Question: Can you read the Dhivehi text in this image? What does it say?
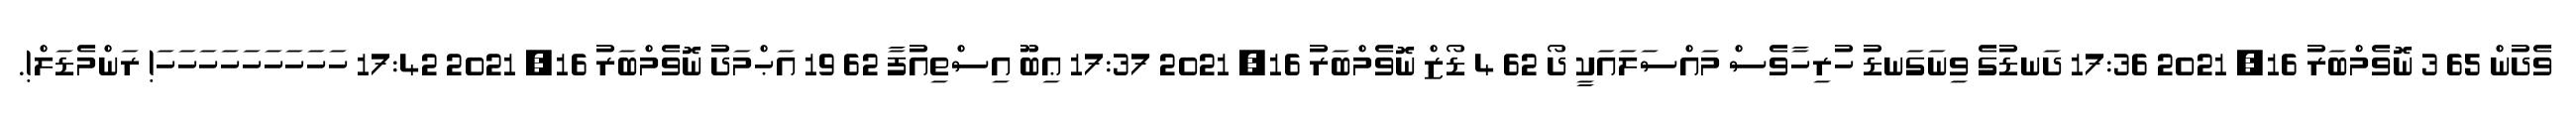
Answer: ވެދުން 65 3 ނޮވެމްބަރު 16, 2021 17:36 ދަނޑުގެ ވިނަގަނޑު ހުރިހާވެސް މައްސަލައަކީ ދޯ 62 4 ޑޯޒް ނޮވެމްބަރު 16, 2021 17:37 ޢިބޫ އިސްތިއުފާ 62 19 އަޙްމަދު ނޮވެމްބަރު 16, 2021 17:42 ހަހަހަހަހަހަހަހަހަ! ރަންމެޑަލް!.